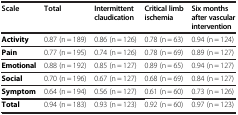
<table><thead><tr><td><b>Scale</b></td><td><b>Total</b></td><td><b>Intermittent claudication</b></td><td><b>Critical limb ischemia</b></td><td><b>Six months after vascular intervention</b></td></tr></thead><tbody><tr><td><b>Activity</b></td><td>0.87 (n = 189)</td><td>0.86 (n = 126)</td><td>0.78 (n = 63)</td><td>0.94 (n = 124)</td></tr><tr><td><b>Pain</b></td><td>0.77 (n = 195)</td><td>0.74 (n = 126)</td><td>0.78 (n = 69)</td><td>0.89 (n = 127)</td></tr><tr><td><b>Emotional</b></td><td>0.88 (n = 192)</td><td>0.85 (n = 127)</td><td>0.89 (n = 65)</td><td>0.94 (n = 127)</td></tr><tr><td><b>Social</b></td><td>0.70 (n = 196)</td><td>0.67 (n = 127)</td><td>0.68 (n = 69)</td><td>0.84 (n = 127)</td></tr><tr><td><b>Symptom</b></td><td>0.64 (n = 194)</td><td>0.56 (n = 127)</td><td>0.61 (n = 60)</td><td>0.73 (n = 126)</td></tr><tr><td><b>Total</b></td><td>0.94 (n = 183)</td><td>0.93 (n = 123)</td><td>0.92 (n = 60)</td><td>0.97 (n = 123)</td></tr></tbody></table>